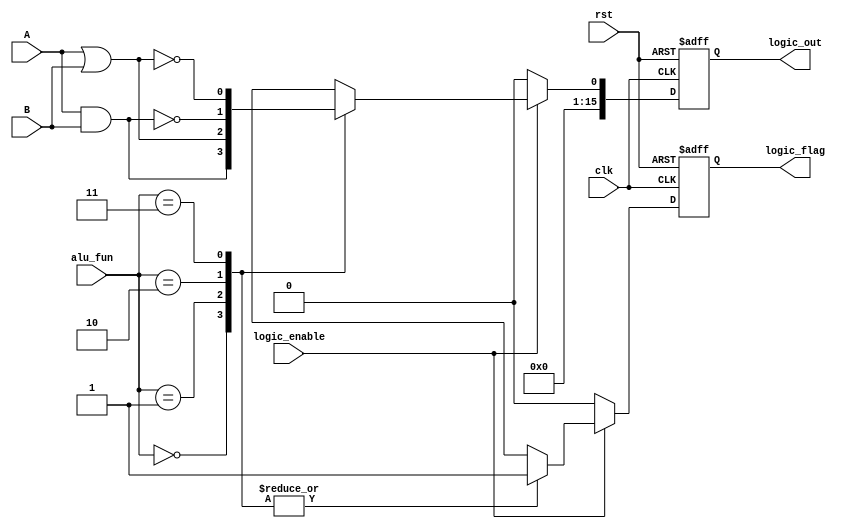
module LOGIC_UNIT#(parameter alu_width =16)

(
  input wire [alu_width-1:0]  A,B,
  input wire                  clk,rst,
  input wire logic_enable,
  input wire [1:0]            alu_fun,
  output reg                  logic_flag,
  output reg [alu_width-1:0]  logic_out);
  
reg logic_out_reg;
reg logic_flag_reg;
always @ (posedge clk or negedge rst)
 begin 
   if (!rst)
     begin
      logic_out  <= 'b0 ;
      logic_flag <= 'b0 ;	
	 end
   else
     begin   
      logic_out  <= logic_out_reg ;
      logic_flag <= logic_flag_reg ;
	 end
 end	
 
always@(*)
begin
    logic_out_reg  = 1'b0  ;
    logic_flag_reg = 1'b0 ;
    if(logic_enable)
        begin
    case(alu_fun)  
    4'b00:begin
    logic_out_reg   = A&&B  ;
    logic_flag_reg  = 1'b1 ;
            end
            
    4'b01:begin
    logic_out_reg   = A||B  ;
    logic_flag_reg  = 1'b1 ;
           end
    4'b10:begin
    logic_out_reg   = !(A&&B) ;
    logic_flag_reg  = 1'b1 ;
            end
    4'b11:begin
    logic_out_reg   = !(A||B) ;
    logic_flag_reg  = 1'b1 ;
           end
          endcase
          end           //in combinational if no need else
end 

endmodule